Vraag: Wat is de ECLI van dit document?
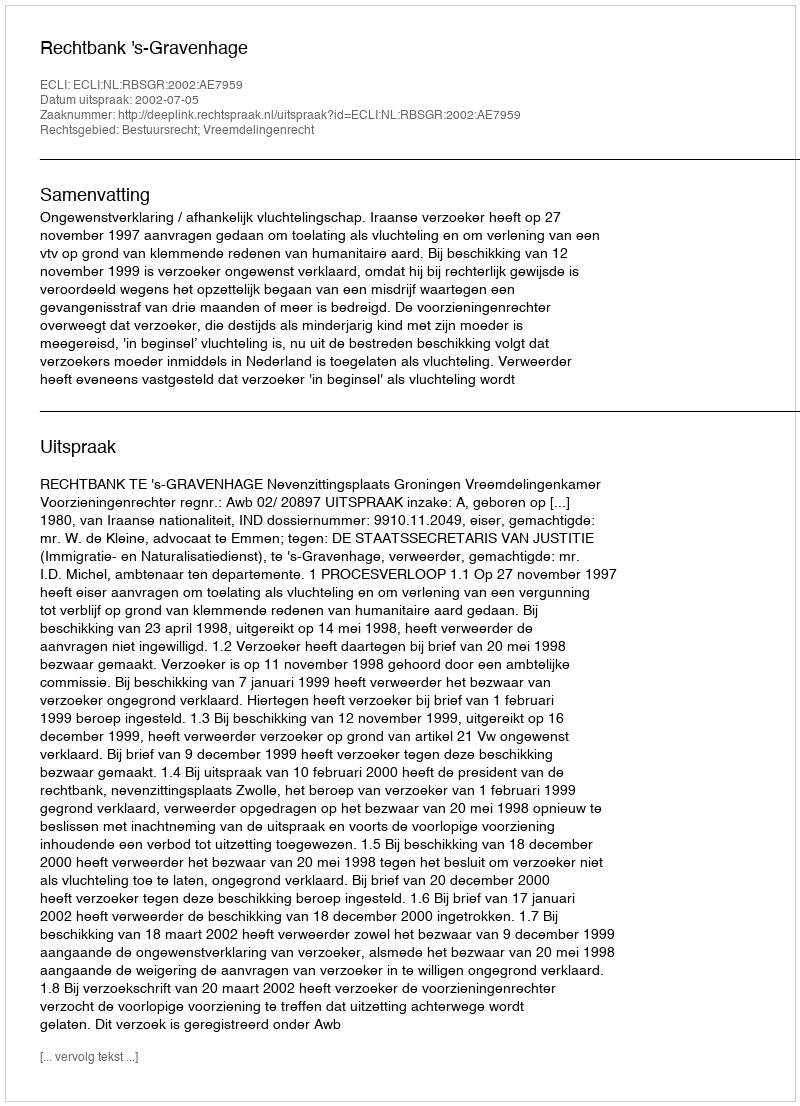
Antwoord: ECLI:NL:RBSGR:2002:AE7959